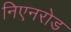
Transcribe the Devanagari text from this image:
निएनरोड